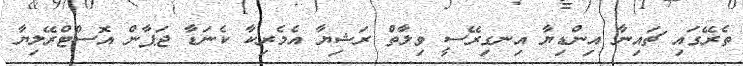
ތެރޭގައި ޗައިނާ އިންޑިޔާ އިނގިރޭސީ ވިލާތް ރަޝިޔާ އެމެރިކާ ކެނަޑާ ޖަޕާން އޮސްޓްރޭލިޔާ